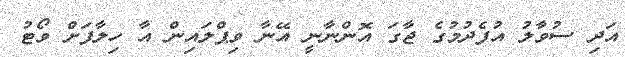
އަދި ސުވާލު އުފެދުމުގެ ޖާގަ އޮންނާނީ އޭނާ ވިޕްލައިން އާ ހިލާފަށް ވޯޓު